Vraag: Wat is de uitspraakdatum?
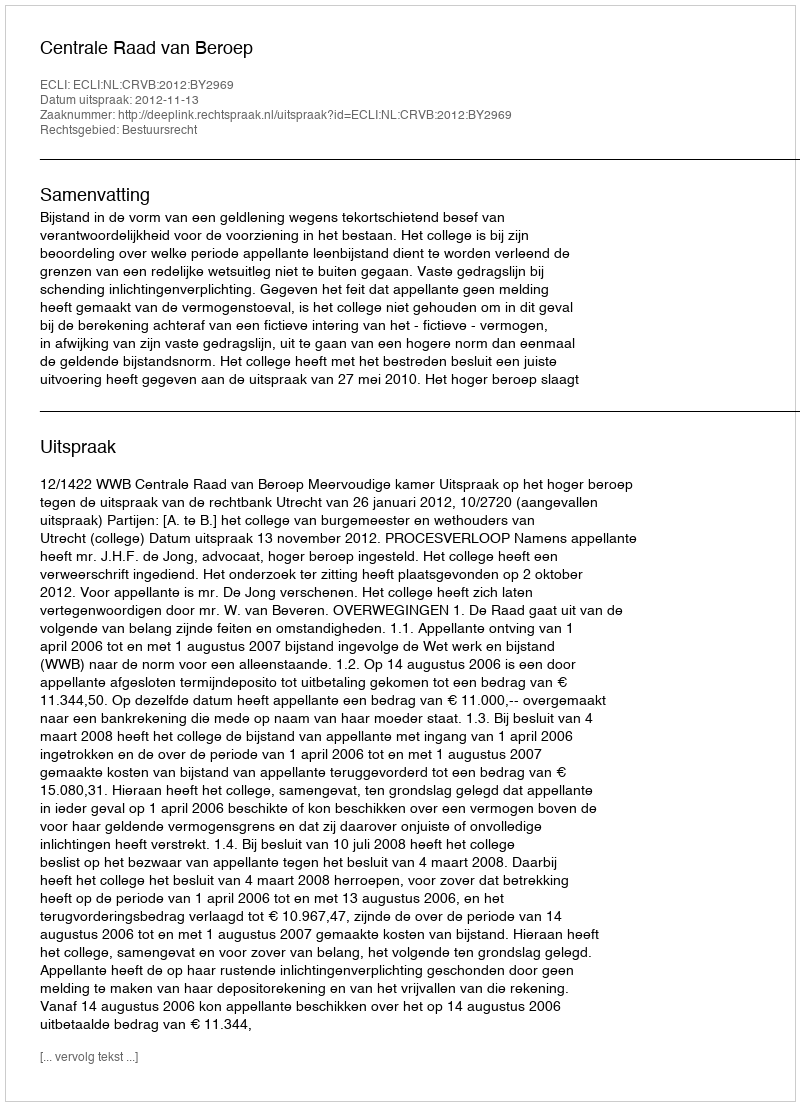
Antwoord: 2012-11-13